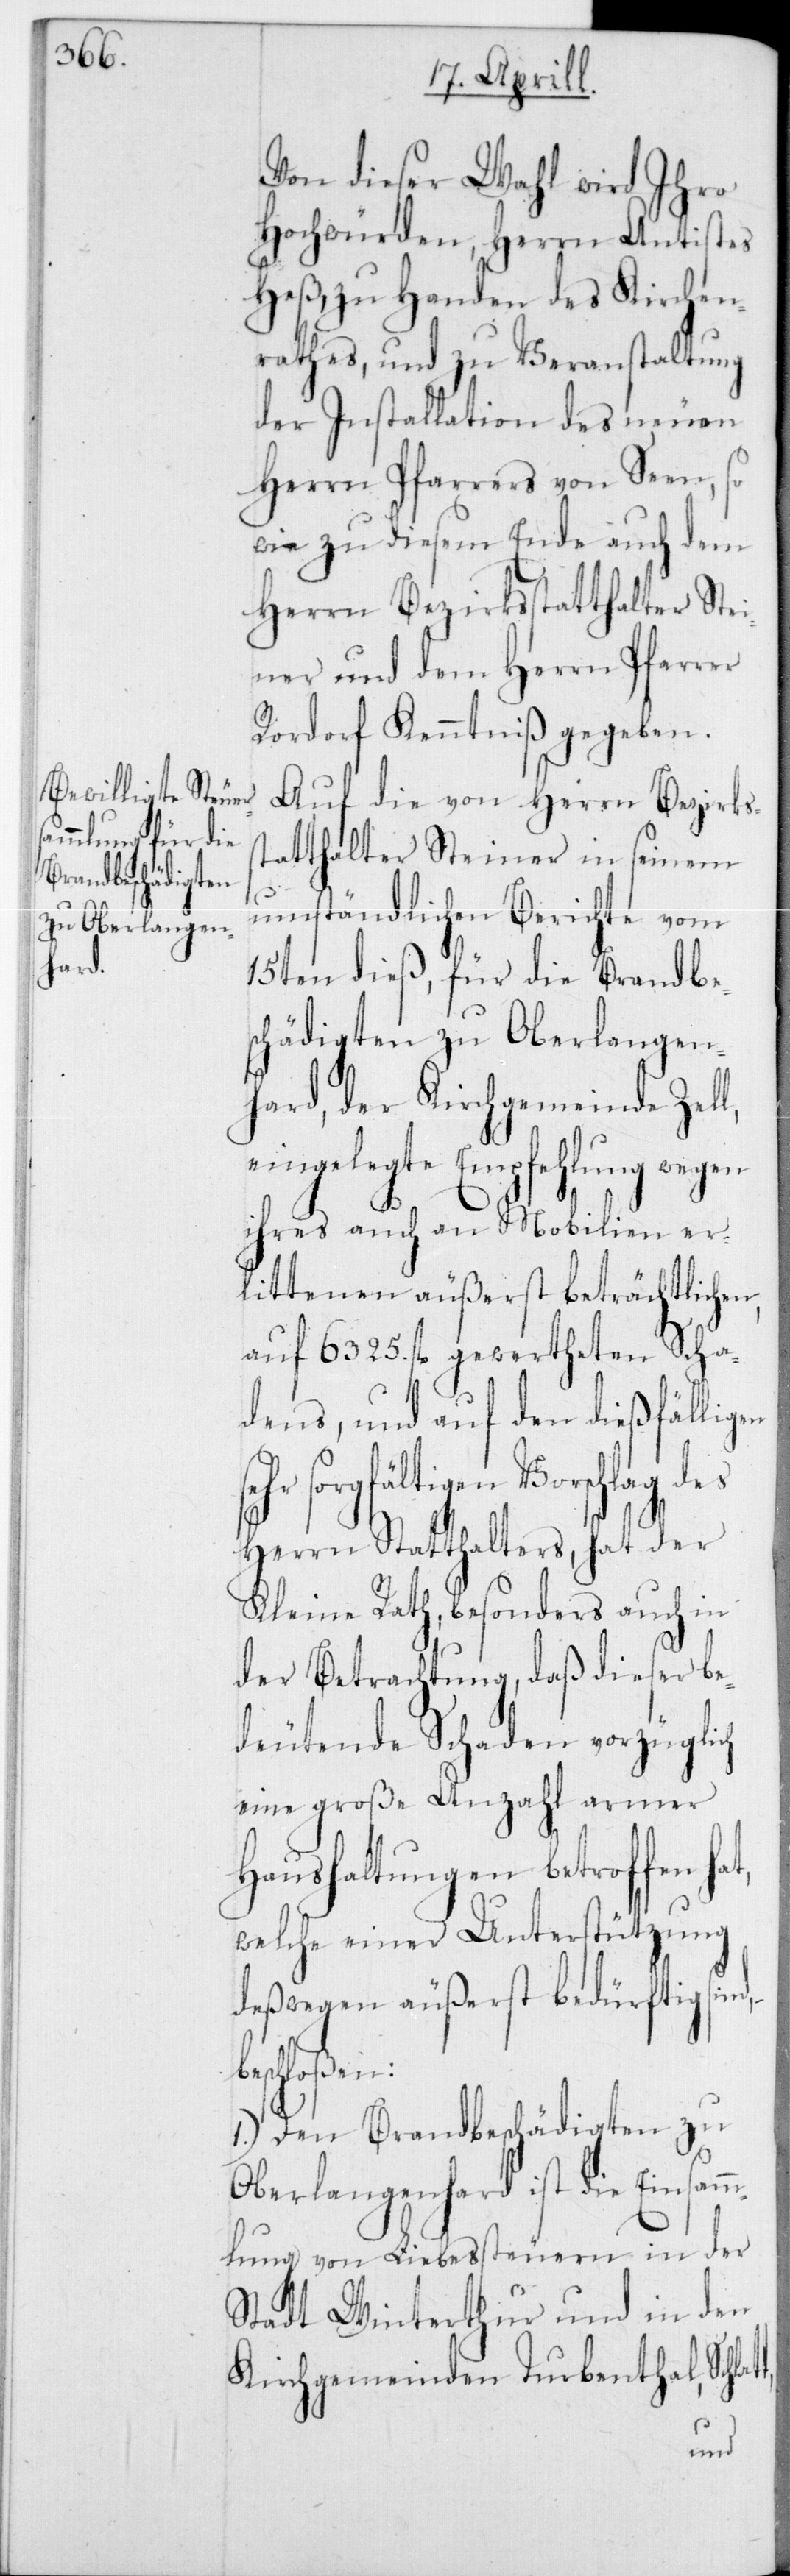
att

Von dieser Wahl wird Ihro
Hochwürden, Herrn Antistes
Heß, zu Handen des Kirchen¬
rathes, und zu Veranstaltung
der Installation des neuen
Herrn Pfarrers von Seen, so
wie zu diesem Ende auch dem
Herrn Bezirksstatthalter Stei¬
ner und dem Herrn Pfarrer
Rordorf Kenntniß gegeben.
Auf die von Herrn Bezirks¬
statthalter Steiner in seinem
umständlichen Berichte vom
15ten dieß, für die Brandbe¬
schädigten zu Oberlangen¬
hard, der Kirchgemeinde Zell,
eingelegte Empfehlung wegen
ihres auch an Mobilien er¬
littenen äußerst beträchtlichen,
auf 6325 fl. gewertheten Scha¬
dens, und auf den dießfälligen
sorgfältigen Vorschlag des
Herrn Statthalters, hat der
Kleine Rath, besonders auch in
der Betrachtung, daß dieser be¬
deutende Schaden vorzüglich
eine große Anzahl armer
Haushaltungen betroffen ha¬
welche einer Unterstützung
deßwegen äußerst bedürftig sin¬
schloßen:
1.) Den Brandbeschädigten zu
Oberlangenhard ist die Einsam¬
mlung von Liebessteuern in der
Stadt Winterthur und in den
Kirchgemeinden Turbenthal, Schl¬